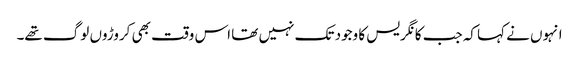
انہوں نے کہا کہ جب کانگریس کا وجود تک نہیں تھا اس وقت بھی کروڑوں لوگ تھے۔